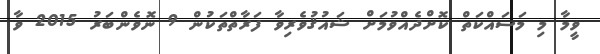
ވީމާ މި މަސައްކަތް ކޮށްދެއްވުމަށް ޝައުޤުވެރިވާ ފަރާތްތަކުން 9 ނޮވެންބަރު 2015 ވާ